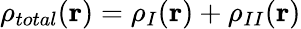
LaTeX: \rho_{total}(\textbf{r})=\rho_{I}(\textbf{r})+\rho_{II}(\textbf{r})